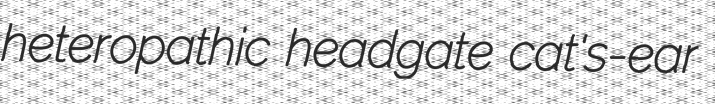
heteropathic headgate cat's-ear